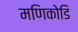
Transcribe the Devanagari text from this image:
मणिकोडि